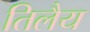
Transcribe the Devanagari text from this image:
तिलैय